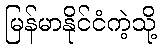
မြန်မာနိုင်ငံကဲ့သို့